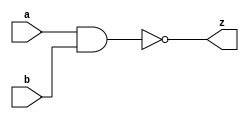


module NAND8(a,b,z);
input[7:0] a,b;
output[7:0] z;

assign z = a~&b;

endmodule